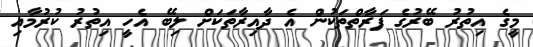
މީގެ އިތުރު ބޭރުގެ ފަރާތްތަކުން އެ ދާއިރާތަކަށް ލިބޭ އެހީ އިތުރު ކުރުމާއި